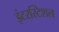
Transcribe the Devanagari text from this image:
इंटरस्टिशल